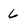
Character: 6